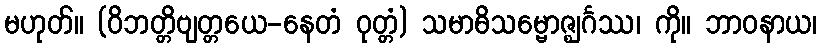
မဟုတ်။ (ဝိဘတ္တိဗျတ္တယေ-နေတံ ဝုတ္တံ) သမာဓိသမ္ဗောဇ္ဈင်္ဂဿ၊ ကို။ ဘာဝနာယ၊